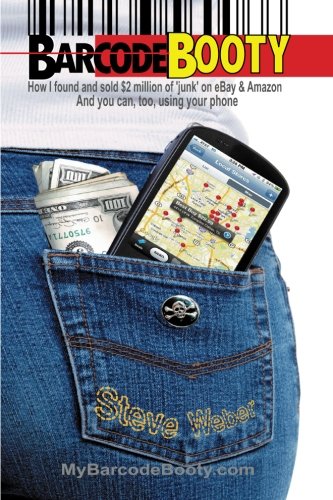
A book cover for Barcode Booty: How I found and sold $2 million of 'junk' on eBay and Amazon, And you can, too, using your phone; Steve Weber; Computers & Technology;